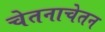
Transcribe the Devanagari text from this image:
चेतनाचेतन